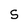
Character: S